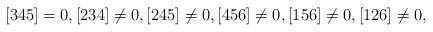
LaTeX: \begin{align*}[345]=0,[234]\not = 0,[245]\not = 0,[456]\not = 0,[156]\not = 0,[126]\not = 0,\end{align*}